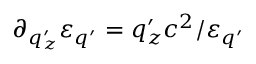
\partial _ { q _ { z } ^ { \prime } } \varepsilon _ { q ^ { \prime } } = q _ { z } ^ { \prime } c ^ { 2 } / \varepsilon _ { q ^ { \prime } }